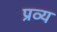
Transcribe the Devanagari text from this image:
प्रव्य